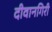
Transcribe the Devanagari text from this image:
दीवानगिरी